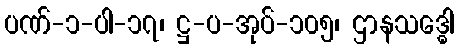
ပဏ်-၁-ပါ-၁၇၊ ဋ္ဌ-ပ-အုပ်-၁၀၅၊ ဌာနသဒ္ဓေါ